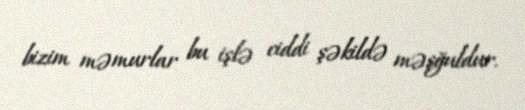
bizim məmurlar bu işlə ciddi şəkildə məşğuldur.